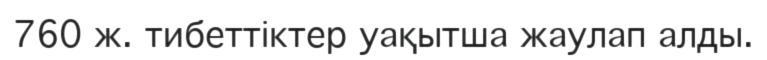
760 ж. тибеттіктер уақытша жаулап алды.